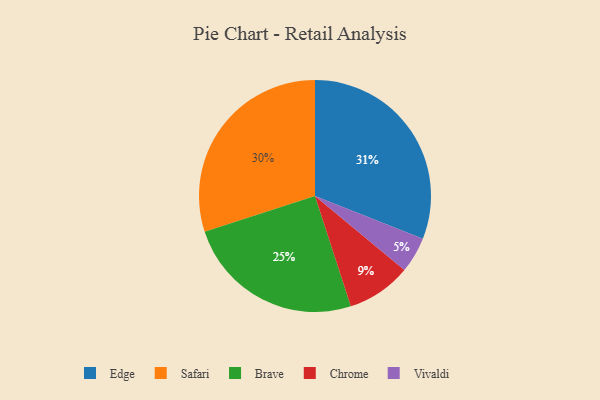
{"axis": {"x": "Category", "y": "Percentage"}, "legend": ["Brave", "Chrome", "Edge", "Safari", "Vivaldi"], "data": [{"x": "Brave", "y": 25, "type": "Brave"}, {"x": "Safari", "y": 30, "type": "Safari"}, {"x": "Edge", "y": 31, "type": "Edge"}, {"x": "Vivaldi", "y": 5, "type": "Vivaldi"}, {"x": "Chrome", "y": 9, "type": "Chrome"}]}